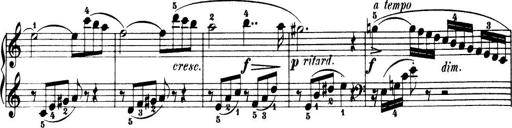
Title: 32 Sonatinas and Rondos for the Piano
Composer: Richard Kleinmichel